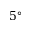
5 ^ { \circ }